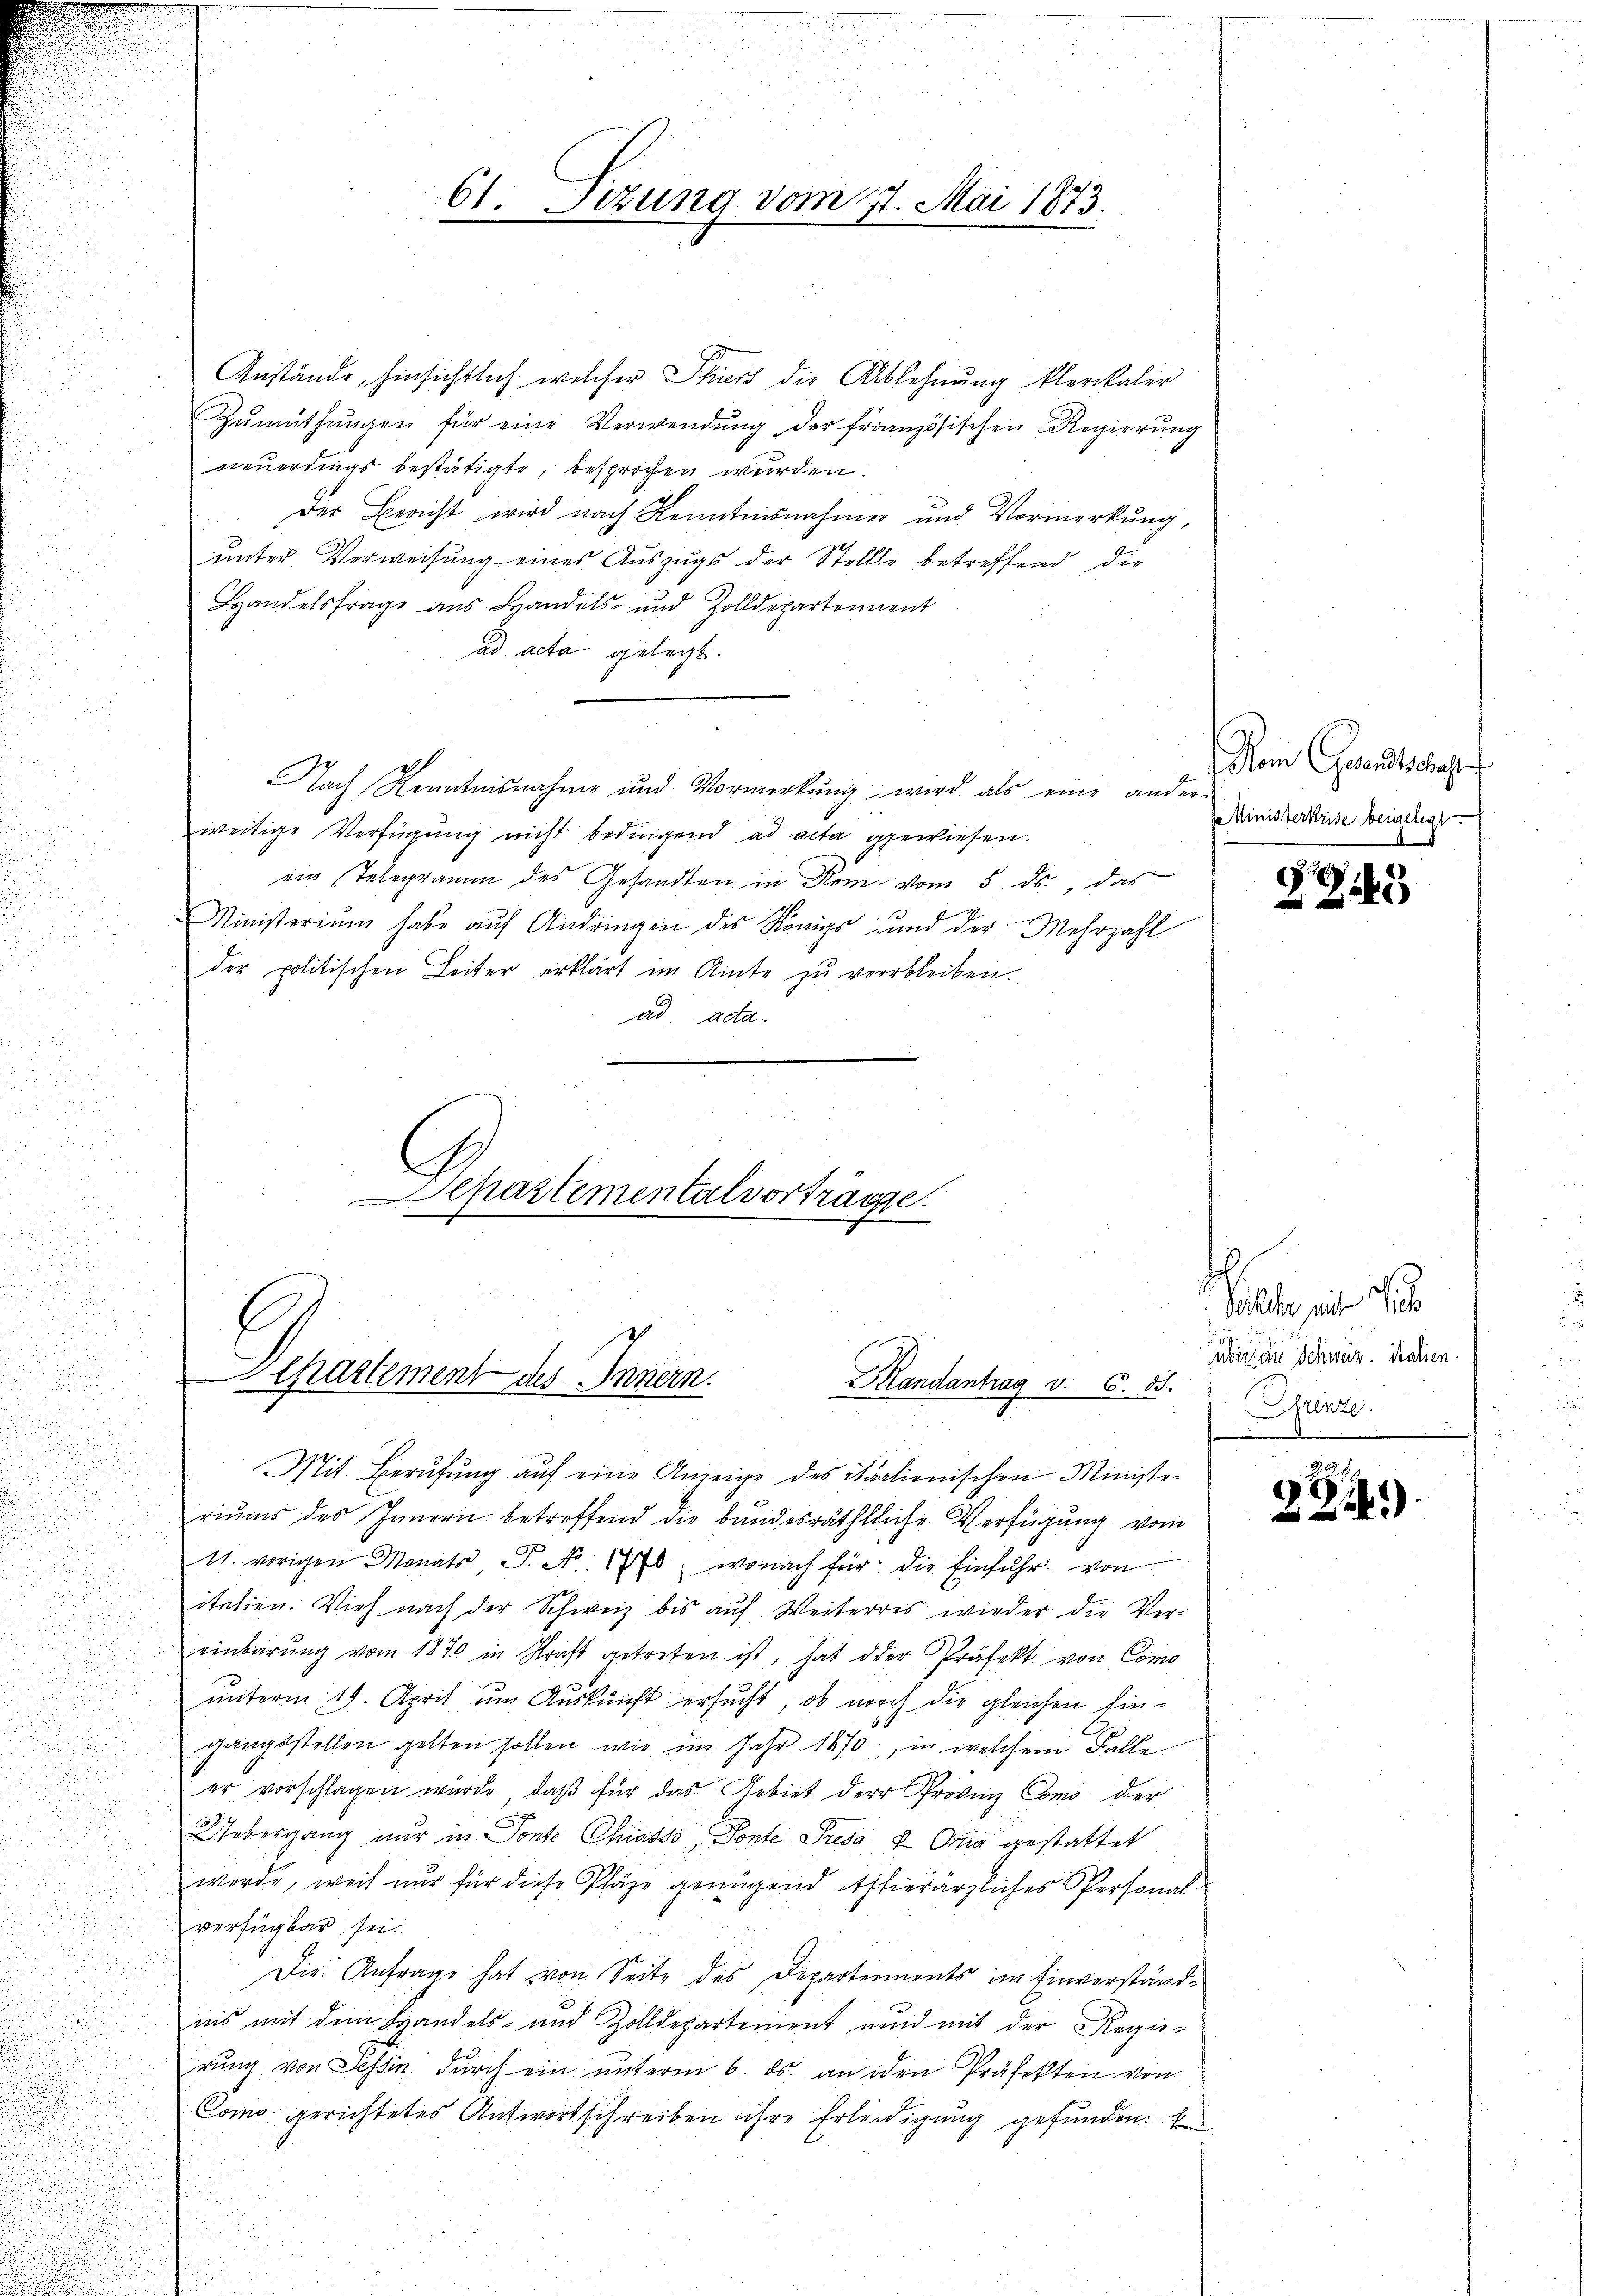
61. Sizung vom 21. Mai 1873.

Anstände, hinsichtlich welcher hiers die Ablehnung klerikaler
Zŭmüthŭngen für eine Verwendŭng der französischen Regierŭng
neuerdings bestätigte, besprochen wurden.
der Bericht wird nach Kenntnisnahmer und Vormerkung,
unter Verweisung eines Auszugs der Stelle betreffend die
Handelsfrage aus Handels- und Zolldepartennent
ad acta gelegt.
Nach Kenntnisnahme und Vormerkŭng wird als eine ander-
weitige Verfügung nicht bedingend ad acta gewiesen.
ein Telegramm des Gesandten in Rom vom 5. ds., das
Ministerium habe auf Andringen des Königs und der Mehrzahl
der politischen Leiter erklärt im Amte zu verbleiben.
ad acta.
G
Departementalvorträge.

Mit Berufung auf eine Anzeige des italienischen Ministe-
riums des Innern betreffend die bundesräthliche Verfügung vom
11. vorigen Monats P. No. 1778, wonach für die Einführ von
italien. Vieh nach der Schweiz bis auf Weiterres wieder die Vereinbarŭng vom 1870 in Straft getreten ist, hat der Präfekt von Como
unterm 19. April um Auskunft ersucht, ob noch die gleichen Eingangsstellen gelten sollen, wie im Jahr 1870, in welchem Falle
er vorschlagen wurde, daβ für das Gebiet der Provinz Como der
Uebergang nur in Ponte Chiasso Fonte Presa 8 Oria gestattet
werde, weil nur für diese Kläge genügend hierärzliches Personalverfügbar sei.
Die Anfrage hat von Seite des Departements im Einverständnis mit dem Handels- und Zolldepartement und mit der Regie-
rung von Tessin, durch ein unterm 6. ds. an iden Präfekten von
Como gerichtetes Antwortschreiben ihre Erledigung gefunden. E

Departement des Innern.
Mandantrag v. 6. 55.

Nom Gesandtschaft
e Ministerkrise beigelegt.

25

3

Selte, das
über die Schweiz. Stalien.
Krente.
u

ZZi.)